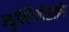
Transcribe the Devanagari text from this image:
न्युक्लियोसाईड